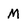
Character: M